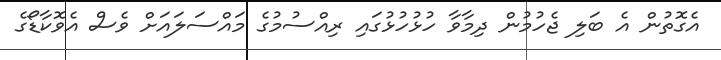
އެގޮތުން އެ ބަލި ޖެހުމުން ދިމާވާ ހުޅުހުޅުގައި ރިއްސުމުގެ މައްސަލައަށް ވެސް އެވޮކާޑޯގެ